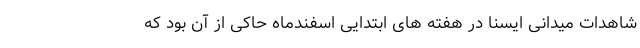
شاهدات میدانی ایسنا در هفته های ابتدایی اسفندماه حاکی از آن بود که